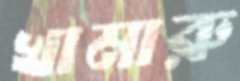
খামারু